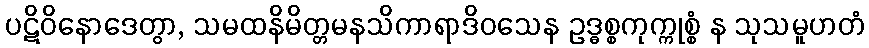
ပဋိဝိနောဒေတွာ, သမထနိမိတ္တမနသိကာရာဒိဝသေန ဥဒ္ဓစ္စကုက္ကုစ္စံ န သုသမူဟတံ